Report on vaccination in Madras 1895-1903 - 1895-1903
Year: 1895
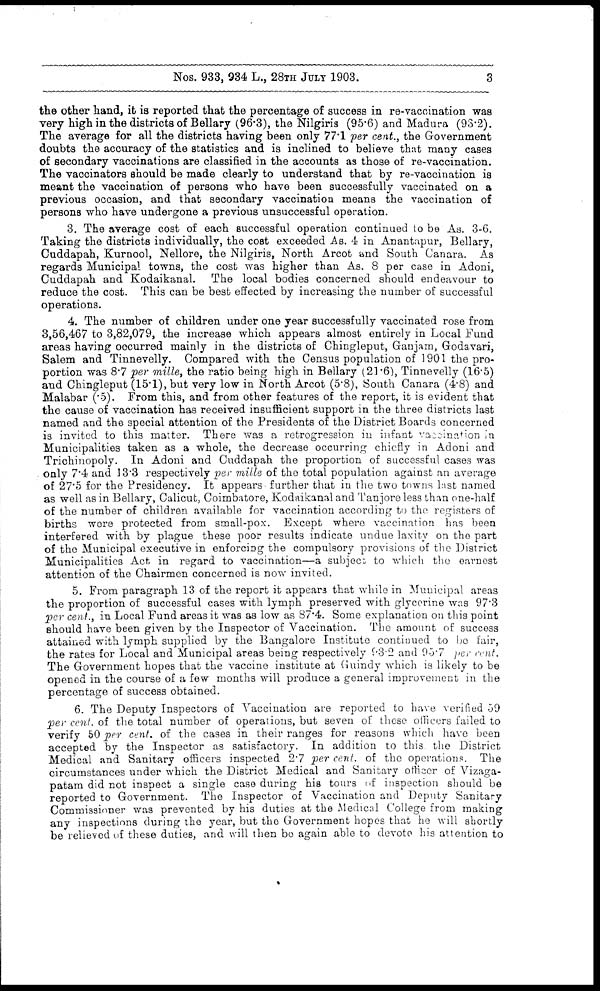
Nos. 933, 934 L., 28TH JULY 1903.
3
the other hand, it is reported that the percentage of success in re-vaccination was
very high in the districts of Bellary (96.3), the Nilgiris (95.6) and Madura (93.2).
The average for all the districts having been only 77.1 per cent., the Government
doubts the accuracy of the statistics and is inclined to believe that many cases
of secondary vaccinations are classified in the accounts as those of re-vaccination.
The vaccinators should be made clearly to understand that by re-vaccination is
meant the vaccination of persons who have been successfully vaccinated on a
previous occasion, and that secondary vaccination means the vaccination of
persons who have undergone a previous unsuccessful operation.
3. The average cost of each successful operation continued to be As. 3-6.
Taking the districts individually, the cost exceeded As. 4 in Anantapur, Bellary,
Cuddapah, Kurnool, Nellore, the Nilgiris, North Arcot and South Canara. As
regards Municipal towns, the cost was higher than As. 8 per case in Adoni,
Cuddapah and Kodaikanal. The local bodies concerned should endeavour to
reduce the cost. This can be best effected by increasing the number of successful
operations.
4. The number of children under one year successfully vaccinated rose from
3,56,467 to 3,82,079, the increase which appears almost entirely in Local Fund
areas having occurred mainly in the districts of Chingleput, Ganjam, Godavari,
Salem and Tinnevelly. Compared with the Census population of 1901 the pro-
portion was 8.7 per mille, the ratio being high in Bellary (21.6), Tinnevelly (16.5)
and Chingleput (15.1), but very low in North Arcot (5.8), South Canara (4.8) and
Malabar (.5). From this, and from other features of the report, it is evident that
the cause of vaccination has received insufficient support in the three districts last
named and the special attention of the Presidents of the District Boards concerned
is invited to this matter. There was a retrogression in infant vaccination in
Municipalities taken as a whole, the decrease occurring chiefly in Adoni and
Trichinopoly. In Adoni and Cuddapah the proportion of successful cases was
only 7.4 and 13.3 respectively per mille of the total population against an average
of 27.5 for the Presidency. It appears further that in the two towns last named
as well as in Bellary, Calicut, Coimbatore, Kodaikanal and Tanjore less than one-half
of the number of children available for vaccination according to the registers of
births were protected from small-pox. Except where vaccination has been
interfered with by plague these poor results indicate undue laxity on the part
of the Municipal executive in enforcing the compulsory provisions of the District
Municipalities Act in regard to vaccination—a subject to which the earnest
attention of the Chairmen concerned is now invited.
5. From paragraph 13 of the report it appears that while in Municipal areas
the proportion of successful cases with lymph preserved with glycerine was 97.3
per cent., in Local Fund areas it was as low as 87.4. Some explanation on this point
should have been given by the Inspector of Vaccination. The amount of success
attained with lymph supplied by the Bangalore Institute continued to be fair,
the rates for Local and Municipal areas being respectively 93.2 and 95.7 per cent.
The Government hopes that the vaccine institute at Guindy which is likely to be
opened in the course of a few months will produce a general improvement in the
percentage of success obtained.
6. The Deputy Inspectors of Vaccination are reported to have verified 59
per cent. of the total number of operations, but seven of these officers failed to
verify 50 per cent. of the cases in their ranges for reasons which have been
accepted by the Inspector as satisfactory. In addition to this the District
Medical and Sanitary officers inspected 2.7 per cent. of the operations. The
circumstances under which the District Medical and Sanitary officer of Vizaga-
patam did not inspect a single case during his tours of inspection should be
reported to Government. The Inspector of Vaccination and Deputy Sanitary
Commissioner was prevented by his duties at the Medical College from making
any inspections during the year, but the Government hopes that he will shortly
be relieved of these duties, and will then be again able to devote his attention to